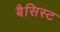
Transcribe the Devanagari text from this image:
बैसिस्ट